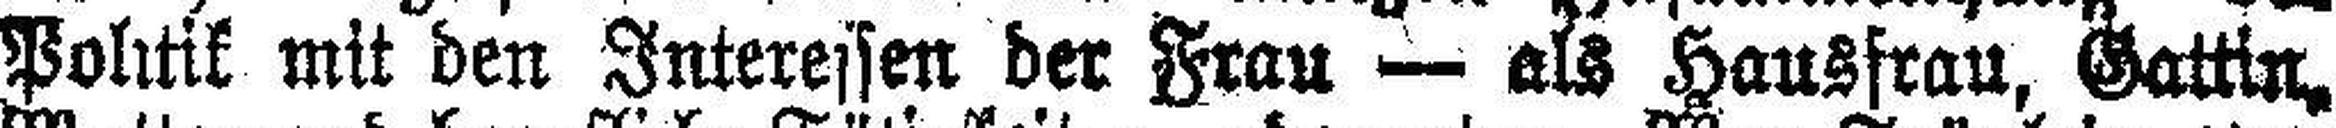
Politik mit den Interessen der Frau — als Hausfrau, Gattin.